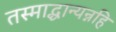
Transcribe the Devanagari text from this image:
तस्माद्धान्यन्नहि